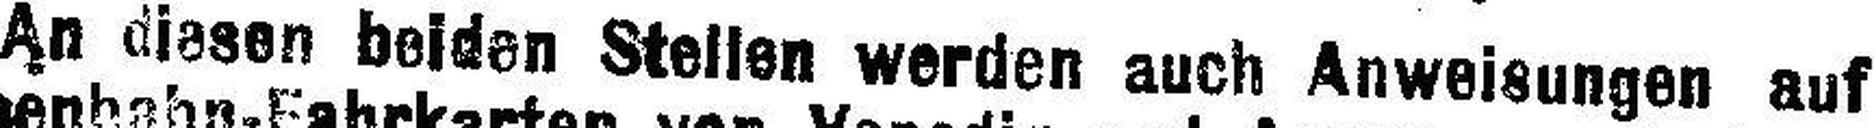
An diesen beiden Stellen werden auch Anweisungen auf